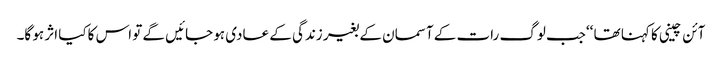
آئن چینی کا کہنا تھا ‘‘جب لوگ رات کے آسمان کے بغیر زندگی کے عادی ہو جائیں گے تو اس کاکیا اثر ہو گا۔